Medical and sanitary report of the native army of Bengal for the year
Year: 1874
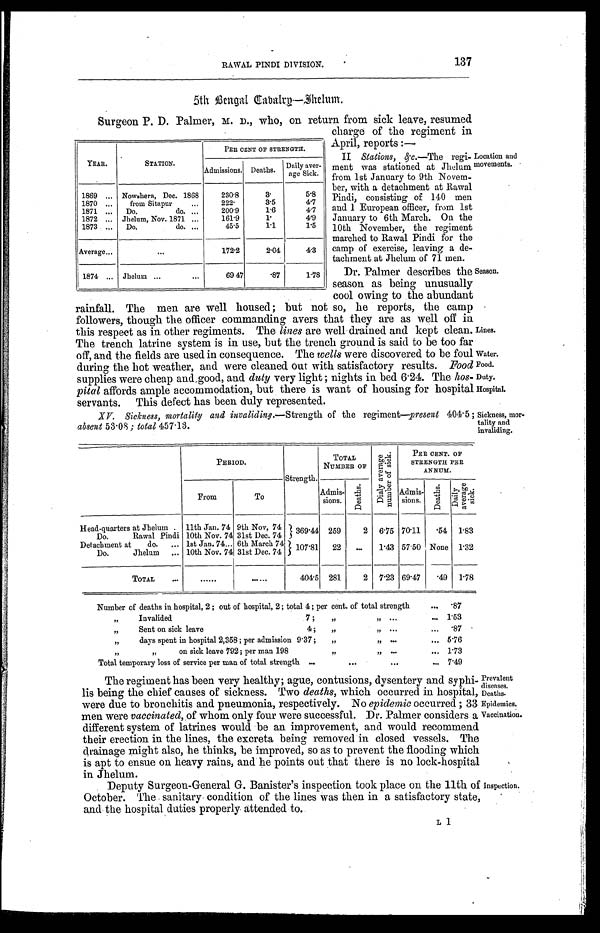
Lines.
Water.
Food.
Duty.
Hospital.
Sickness, mor
-tality and invaliding.
Prevalent
diseases.
Deaths.
Epidemics.
Vaccination.
137
RAWAL PINDI DIVISION.
5th Bengal Cabalry—Dhelum.
Surgeon P. D. Palmer, M. D., who, on return from sick leave, resumed
charge of the regiment in
April, reports:—
11 Stations, &c.—The regi
-ment was stationed at Jhelum
from 1st January to 9th Novem
-ber, with a detachment at Rawal
Pindi, consisting of 140 men
and 1 European officer, from 1st
January to 6th March. On the
10th November, the regiment
marched to Rawal Pindi for the
camp of exercise, leaving a de-
-tachment at Jhelum of 71 men.
Dr. Palmer describes the
season as being unusually
cool owing to the abundant
rainfall. The men are well housed; but not so, he reports, the camp
followers, though the officer commanding avers that they are as well off in
this respect as in other regiments. The lines are well drained and kept clean.
The trench latrine system is in use, but the trench ground is said to be too far
off, and the fields are used in consequence. The wells were discovered to be foul
during the hot weather, and were cleaned out with satisfactory results. Food
supplies were cheap and good, and duty very light; nights in bed 6.24. The hos
-pital affords ample accommodation, but there is want of housing for hospital
servants. This defect has been duly represented.
XV. Sickness mortality and invaliding.— Strength of the regiment—present 404.5;
absent 53.08; total 457.13.
YEAR.
STATION.
PER CENT OF STRENGTH.
Admissions. Deaths. Daily aver
-
age Sick.
1869 . . . Nowshera, Dec.1868
230.8
3.
5.8
1870 . . .
from Sitapur . . .
222.
3.5
4.7
1871 . . .
Do. do. . . .
200.9
1.6
4.7
1872 . . . Jhelum, Nov. 1871 . . .
161.9
1.
4.9
1873 . . .
Do. do. . . .
45.5
1.1
1.5
Average . . .
. . .
172.2
2.04
4.3
1874 . . . Jhelum . . .
69 47
.87
1.78
Location and
movements.
Season.
PERIOD.
Strength.
TOTAL
NUMBER OF
D i a l y a v e r a g e n u m b e r o f s i c k .
P E R C E N T . O F
STRENGTH PER
ANNUM.
From
To
Admis-
sions.
D e a t h s .
Admis-
sions.
D e a t h s .
D a i l y a v e r a g e s i c k .
Head-quarters at Jhelum. 11th Jan. 74 9th Nov, 74 369.44 259
2 6.75 70.11
. 5 4 1.83
Do. Rawal Pindi 10th Nov. 74 31st Dec. 74
Detachment at do. . . . 1st Jan. 74 . . . 6th March 74 107.81
22
. . . 1.43 57.50 None 1.32
Do. Jhelum . . . 10th Nov. 74 31st Dec. 74
TOTAL . . .
. . .
. . .
404.5 281
2 7.23 69.47
. 4 9 1.78
Number of deaths in hospital, 2; out of hospital, 2; total 4; per cent. of total strength . . .
.87
" Invalided 7; " " . . . 1.53
" Sent on sick leave 4;" " . . . .87
" days spent in hospital 2,358; per admission 9.37; " " . . . 5.76
" " on sick leave 792; per man 198 " " . . .
1.73
Total temporary loss of service per man of total strength . . . 7.49
The regiment has been very healthy; ague, contusions, dysentery and syphi
-lis being the chief causes of sickness. Two deaths, which occurred in hospital,
were due to bronchitis and pneumonia, respectively. No epidemic occurred; 33
men were vaccinated, of whom only four were successful. Dr. Palmer considers a
different system of latrines would be an improvement, and would recommend
their erection in the lines, the excreta being removed in closed vessels. The
drainage might also, he thinks, be improved, so as to prevent the flooding which
is apt to ensue on heavy rains, and he points out that there is no lock-hospital
in Jhelum.
Deputy Surgeon-General G. Banister's inspection took place on the 11th of
October. The sanitary condition of the lines was then in a satisfactory state,
and the hospital duties properly attended to.
Inspection.
L I